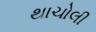
થાચોલી